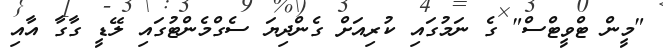
"މީން ޓްވީޓްސް" ގެ ނަމުގައި ކުރިއަށް ގެންދިޔަ ސެގްމެންޓުގައި ލޭޑީ ގާގާ އާއި